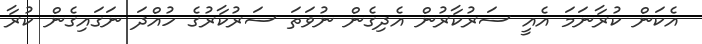
އެކަން ކުރާނަމަ އެއީ ސަރުކާރުން އެދިގެން ނުވަތަ ސަރުކާރުގެ ހުއްދަ ނަގައިގެން ކުރާ